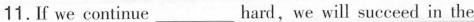
11.If we continue ___ hard, we will succeed in the